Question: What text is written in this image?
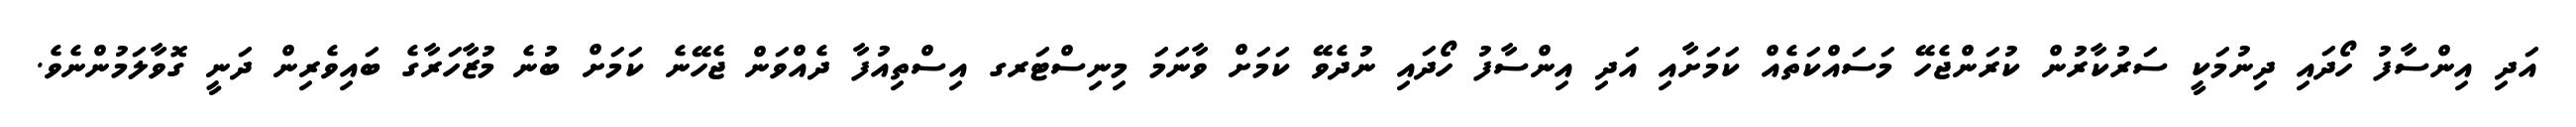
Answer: އަދި އިންސާފު ހޯދައި ދިނުމަކީ ސަރުކާރުން ކުރަންޖެހޭ މަސައްކަތެއް ކަމަށާއި އަދި އިންސާފު ހޯދައި ނުދެވޭ ކަމަށް ވާނަމަ މިނިސްޓަރގ އިސްތިއުފާ ދެއްވަން ޖެހޭނެ ކަމަށް ބުނެ މުޒާހަރާގެ ބައިވެރިން ދަނީ ގޮވާލަމުންނެވެ.